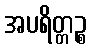
အပရိတ္တဉ္စ